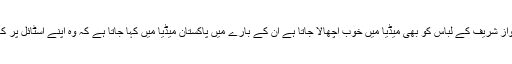
پاکستانی وزیر اعظم نواز شریف کے لباس کو بھی میڈیا میں خوب اچھالا جاتا ہے ان کے بارے میں پاکستان میڈیا میں کہا جاتا ہے کہ وہ اپنے اسٹائل پر کافی خرچہ کرتے ہیں ۔